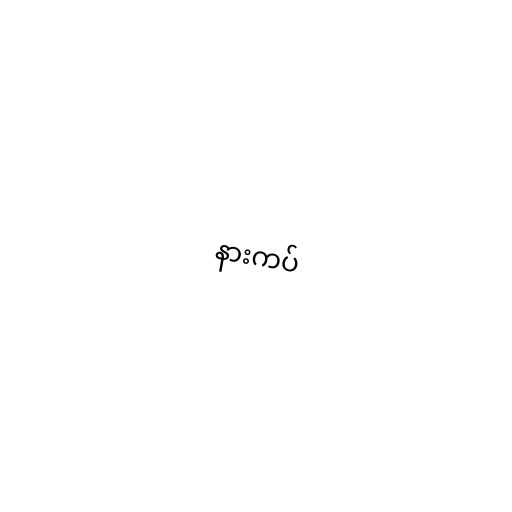
နားကပ်